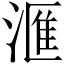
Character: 滙